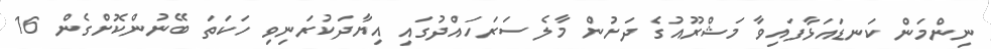
ނިންމަން ކަނޑައަޅާފައިވާ މަޝްރޫއުގެ ދަށުން މާލެ ސަރަހައްދުގައި އިޔާދަކުރަނިވި ހަކަތަ ބޭނުންކޮށްގެން 16